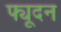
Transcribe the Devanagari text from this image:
फ्यूदन